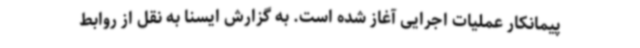
پیمانکار عملیات اجرایی آغاز شده است. به گزارش ایسنا به نقل از روابط